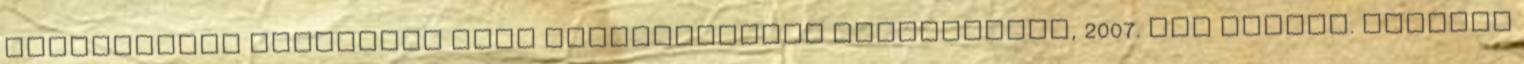
kezelésének jogalapja jogi kötelezettség teljesítése, 2007. évi CXXVII. törvény